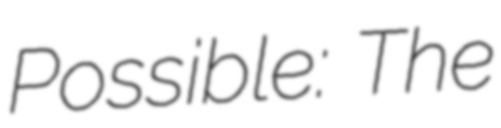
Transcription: Possible: The